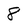
Character: 8